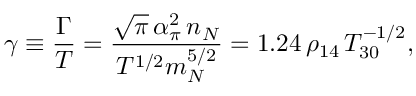
\gamma \equiv \frac { \Gamma } { T } = \frac { \sqrt \pi \, \alpha _ { \pi } ^ { 2 } \, n _ { N } } { T ^ { 1 / 2 } m _ { N } ^ { 5 / 2 } } = 1 . 2 4 \, \rho _ { 1 4 } \, T _ { 3 0 } ^ { - 1 / 2 } ,